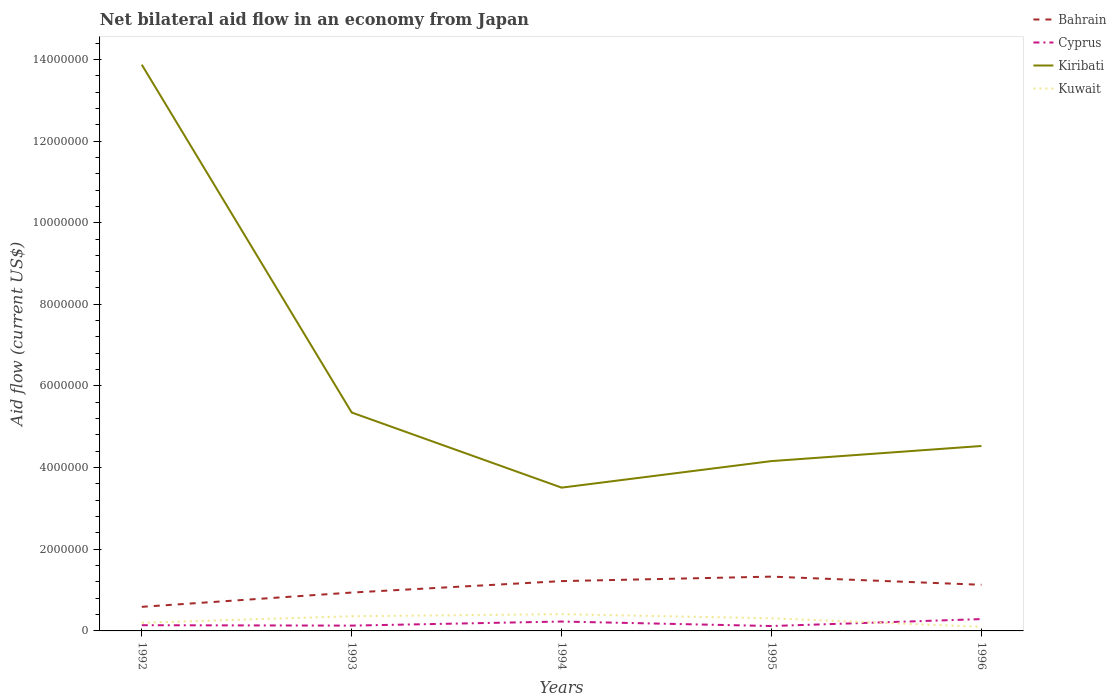
| Years | Bahrain | Cyprus | Kiribati | Kuwait |
 | --- | --- | --- | --- | --- |
 | 1992 | 5.9e+05 | 1.4e+05 | 1.39e+07 | 2e+05 |
 | 1993 | 9.4e+05 | 1.3e+05 | 5.35e+06 | 3.6e+05 |
 | 1994 | 1.22e+06 | 2.3e+05 | 3.51e+06 | 4.1e+05 |
 | 1995 | 1.33e+06 | 1.2e+05 | 4.16e+06 | 3.1e+05 |
 | 1996 | 1.13e+06 | 2.9e+05 | 4.53e+06 | 1e+05 |